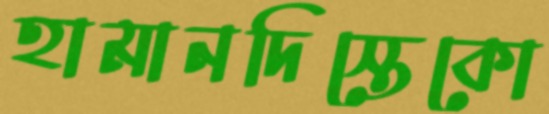
হামানদিস্তেকো